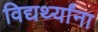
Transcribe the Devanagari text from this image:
विद्यर्थ्यांना